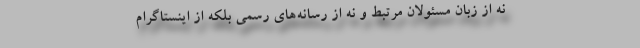
نه از زبان مسئولان مرتبط و نه از رسانه‌های رسمی بلکه از اینستاگرام